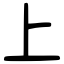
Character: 上